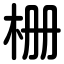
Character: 栅